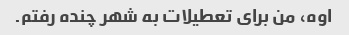
اوه، من برای تعطیلات به شهر چنده رفتم.